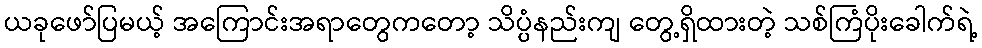
ယခုဖော်ပြမယ့် အကြောင်းအရာတွေကတော့ သိပ္ပံနည်းကျ တွေ့ရှိထားတဲ့ သစ်ကြံပိုးခေါက်ရဲ့